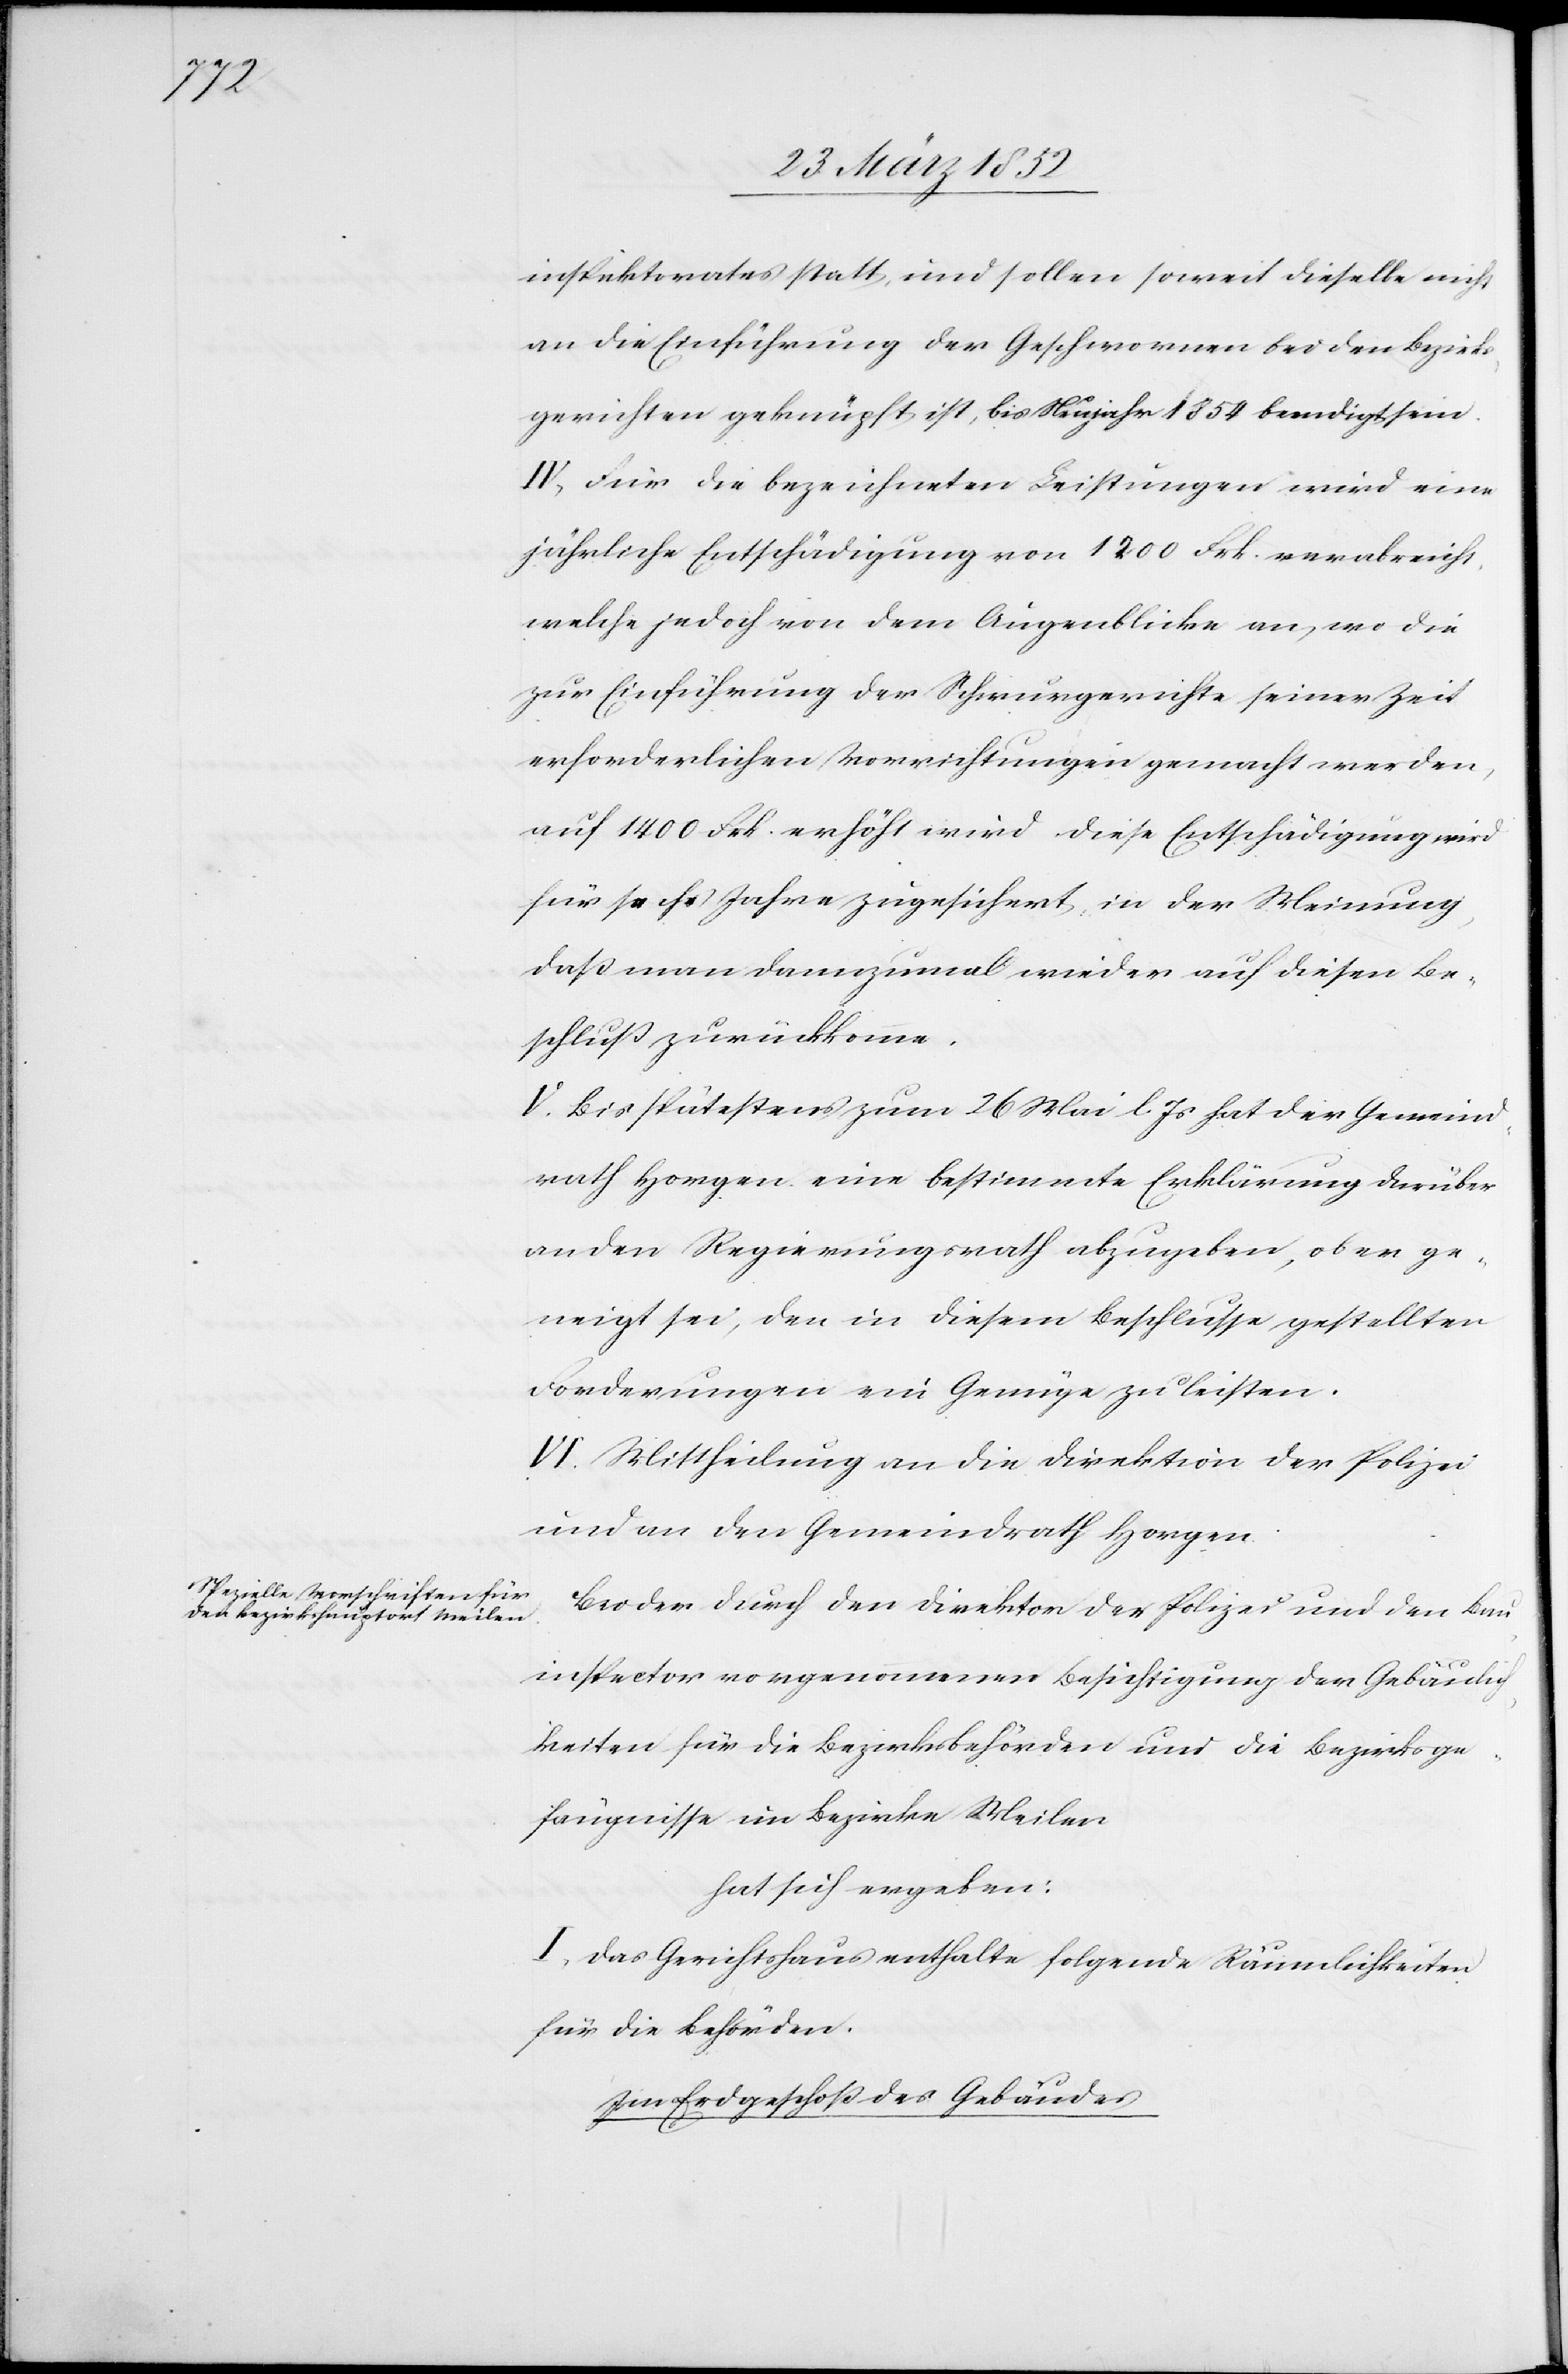
inspektorates statt und sollen soweit dieselbe nicht
an die Einführung der Geschwornen bei den Bezirks¬
gerichten geknüpft ist, bis Neujahr 1854 beendigt sein.
IV. Für die bezeichneten Leistungen wird eine
jährliche Entschädigung von 1200 Frk. verabreicht,
welche jedoch von dem Augenblicke an, wo die
zur Einführung der Schwurgerichte seiner Zeit
erforderlichen Vorrichtungen gemacht werden,
auf 1400 Frk. erhöht wird. Diese Entschädigung wird
für sechs Jahre zugesichert, in der Meinung,
daß man dannzumal wieder auf diesen Be¬
schluß zurückkomme.
V. Bis spätestens zum 26 Mai l. Js hat der Gemeind¬
rath Horgen eine bestimmte Erklärung darüber
an den Regierungsrath abzugeben, ob er ge¬
neigt sei, den in diesem Beschlusse gestellten
Forderungen ein Genüge zu leisten.
VI. Mittheilung an die Direktion der Polizei
und an den Gemeindrath Horgen.
Bei der durch die Direktion der Polizei und den Bau¬
inspector vorgenommenen Besichtigung der Gebäulich¬
keiten für die Bezirksbehörden und die Bezirksge¬
fängnisse im Bezirke Meilen
hat sich ergeben:
I. Das Gerichtshaus enthalte folgende Räumlichkeiten
für die Behörden.
Im Erdgeschoß des Gebäudes